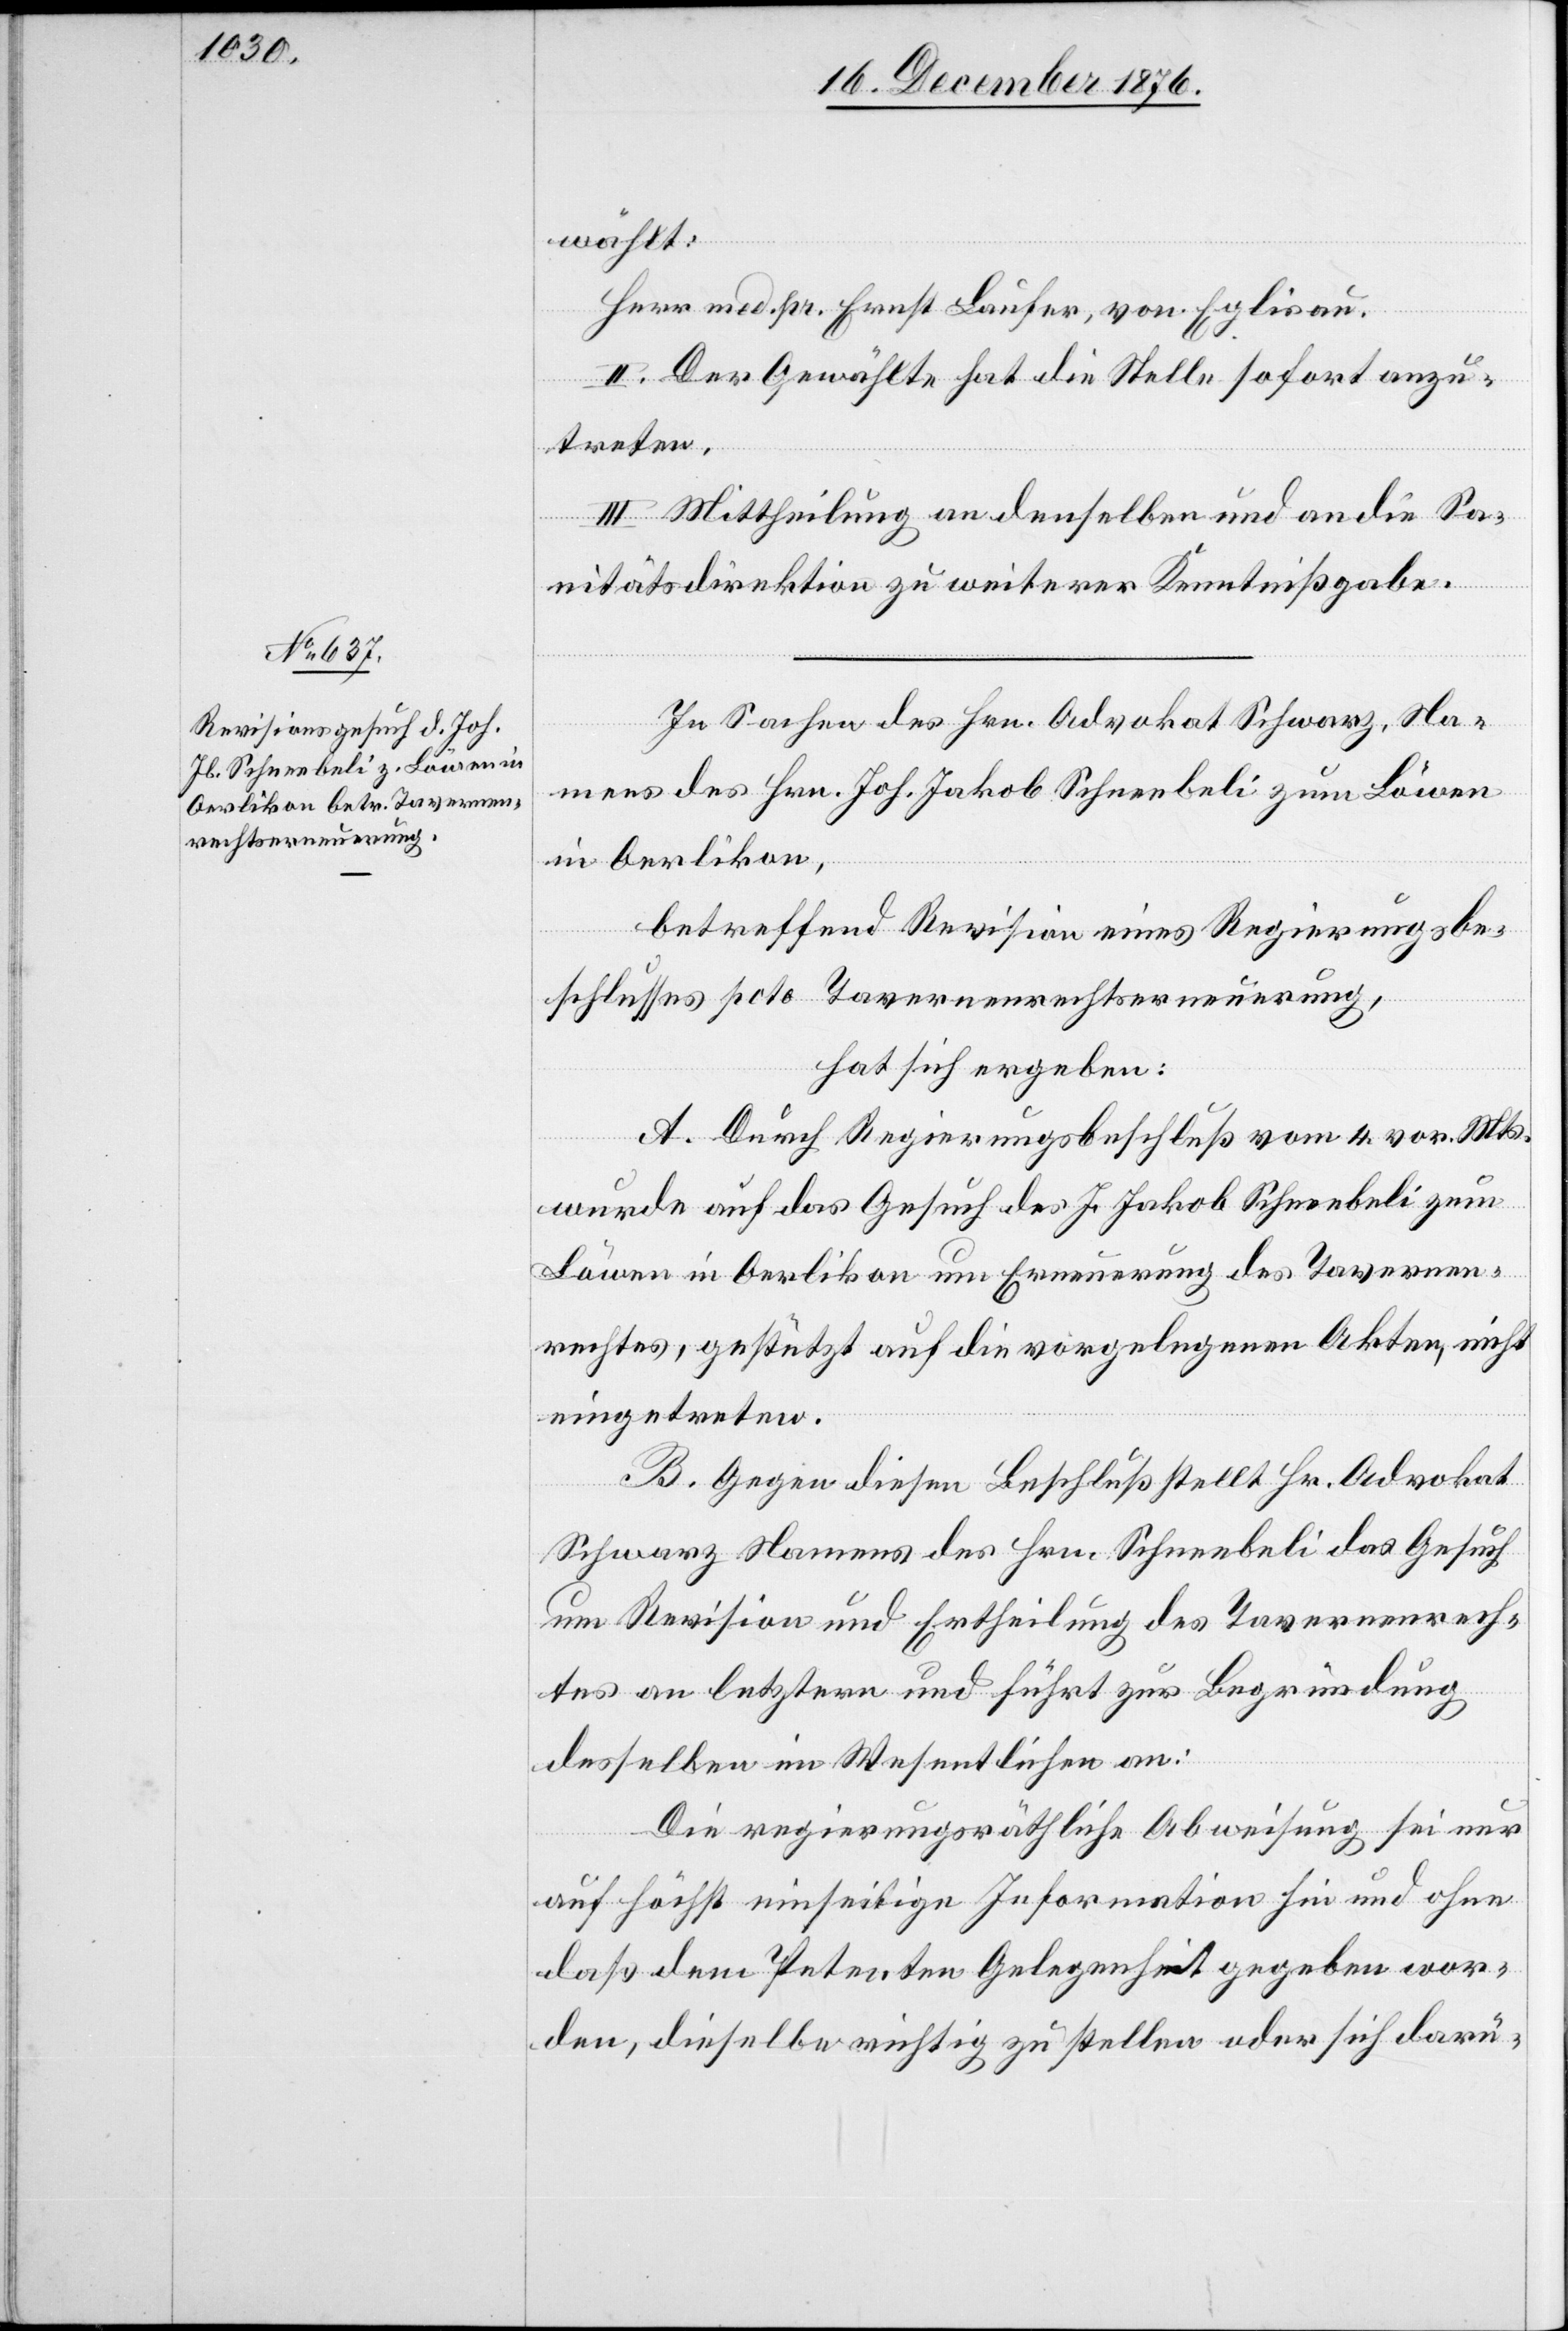
wählt:
Herr med. pr. Ernst Laufer, von Eglisau.
II. Der Gewählte hat die Stelle sofort anzu¬
treten.
III. Mittheilung an denselben und an die Sa¬
nitätsdirektion zu weiterer Kenntnißgabe.
In Sachen des Hrn. Advokat Schwarz, Na¬
mens des Hrn. Joh. Jakob Schneebeli zum Löwen
in Oerlikon,
betreffend Revision eines Regierungsbe¬
schlusses pcto Tavernenrechtserneuerung,
hat sich ergeben:
A. Durch Regierungsbeschluß vom 4. vor. Mts.
wurde auf das Gesuch des J. Jakob Schneebeli zum
Löwen in Oerlikon um Erneuerung des Tavernen¬
rechtes, gestützt auf die vorgelegenen Akten, nicht
eingetreten.
B. Gegen diesen Beschluß stellt Hr. Advokat
Schwarz Namens des Hrn. Schneebeli das Gesuch
um Revision und Ertheilung des Tavernenrech¬
tes an letztern und führt zur Begründung
desselben im Wesentlichen an:
Die regierungsräthliche Abweisung sei nur
auf höchst einseitige Information hin und ohne
daß dem Petenten Gelegenheit gegeben wor¬
den, dieselbe richtig zu stellen oder sich darü-